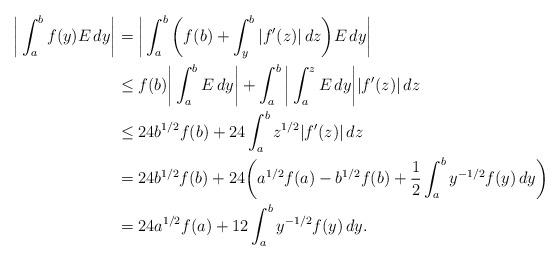
LaTeX: \begin{align*}\bigg|\int_a^b f(y)E\,dy\bigg|&=\bigg|\int_a^b \bigg(f(b)+\int_y^b |f'(z)|\,dz\bigg)E\,dy\bigg|\\&\le f(b)\bigg|\int_a^b E\,dy\bigg|+\int_a^b \bigg|\int_a^z E\,dy\bigg| |f'(z)|\,dz\\&\le 24b^{1/2}f(b)+24\int_a^b z^{1/2}|f'(z)|\,dz\\&= 24b^{1/2}f(b)+24\bigg( a^{1/2}f(a)-b^{1/2}f(b)+\frac12\int_a^b y^{-1/2}f(y)\,dy\bigg)\\&= 24a^{1/2}f(a)+12\int_a^b y^{-1/2}f(y)\,dy.\end{align*}